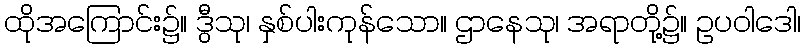
ထိုအကြောင်း၌။ ဒွီသု၊ နှစ်ပါးကုန်သော။ ဌာနေသု၊ အရာတို့၌။ ဥပဝါဒေါ၊